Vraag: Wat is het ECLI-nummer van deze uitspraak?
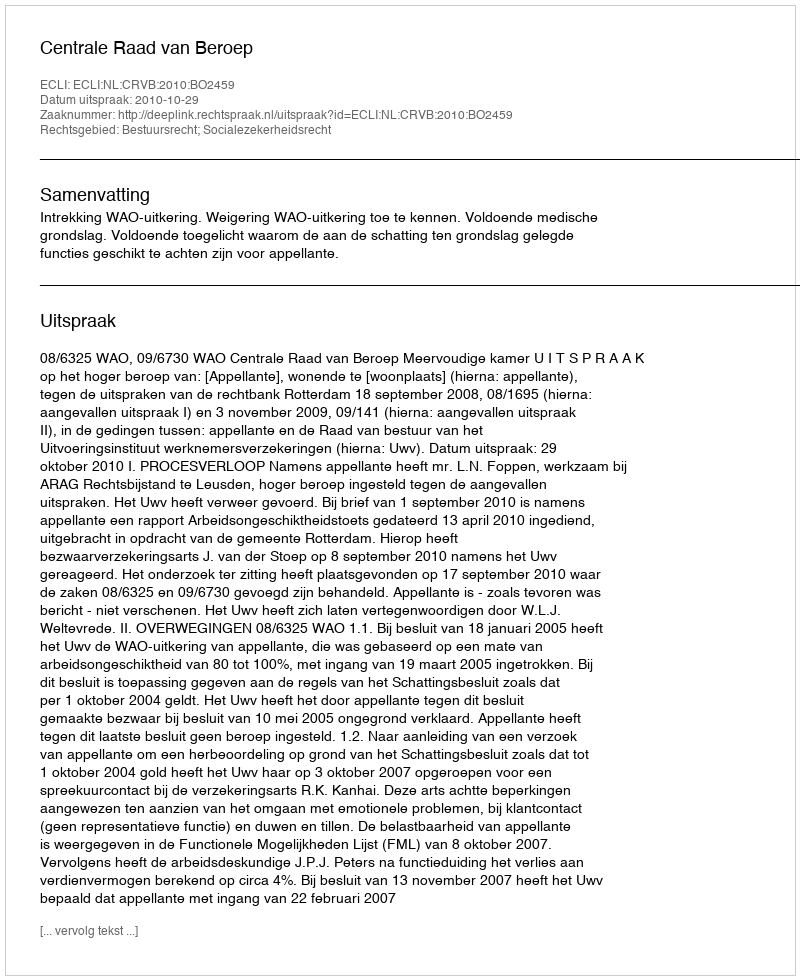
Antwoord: ECLI:NL:CRVB:2010:BO2459